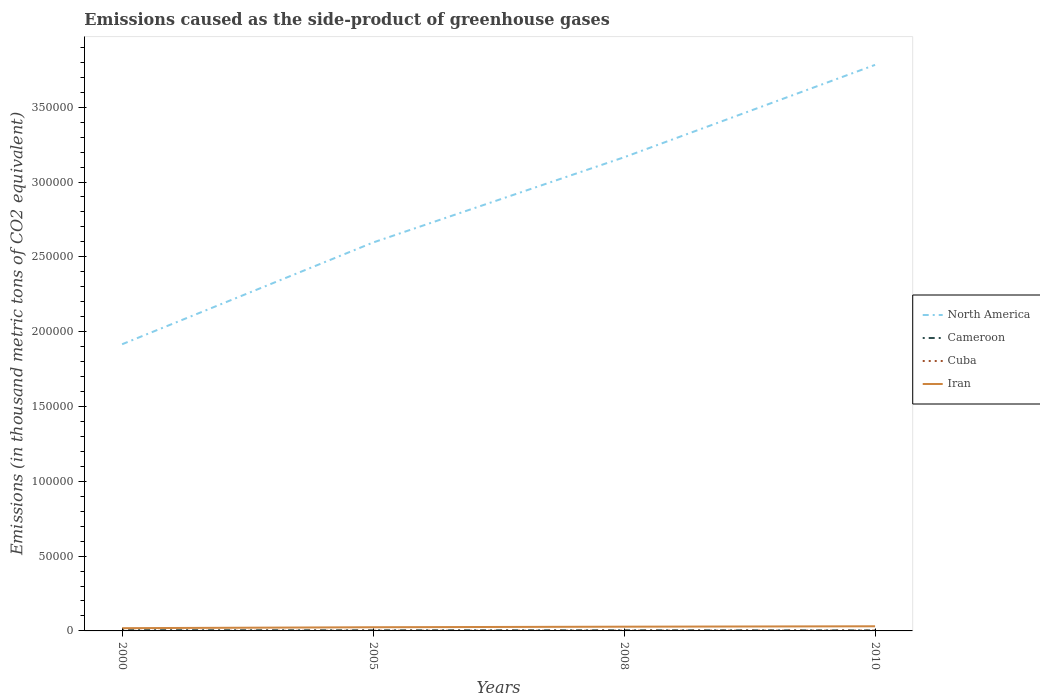
| Years | North America | Cameroon | Cuba | Iran |
 | --- | --- | --- | --- | --- |
 | 2000 | 1.92e+05 | 515 | 34.2 | 1.83e+03 |
 | 2005 | 2.6e+05 | 418 | 128 | 2.46e+03 |
 | 2008 | 3.17e+05 | 422 | 186 | 2.83e+03 |
 | 2010 | 3.78e+05 | 353 | 226 | 3.1e+03 |